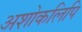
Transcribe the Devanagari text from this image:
अशोकलिपि